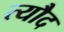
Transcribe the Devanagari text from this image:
त्यौद